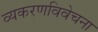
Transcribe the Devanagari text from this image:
व्यकरणविवेचना